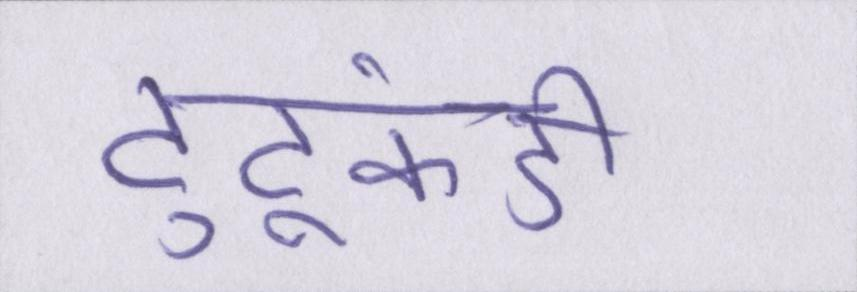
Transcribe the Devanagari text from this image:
टुटूकंडी